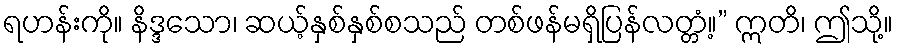
ရဟန်းကို။ နိဒ္ဒသော၊ ဆယ့်နှစ်နှစ်စသည် တစ်ဖန်မရှိပြန်လတ္တံ့။” ဣတိ၊ ဤသို့။